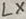
Text: LX